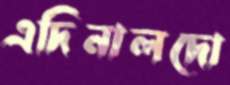
এদিনালদো